Eesti_Vabariigi_Tartu_Ulikool, lk 88
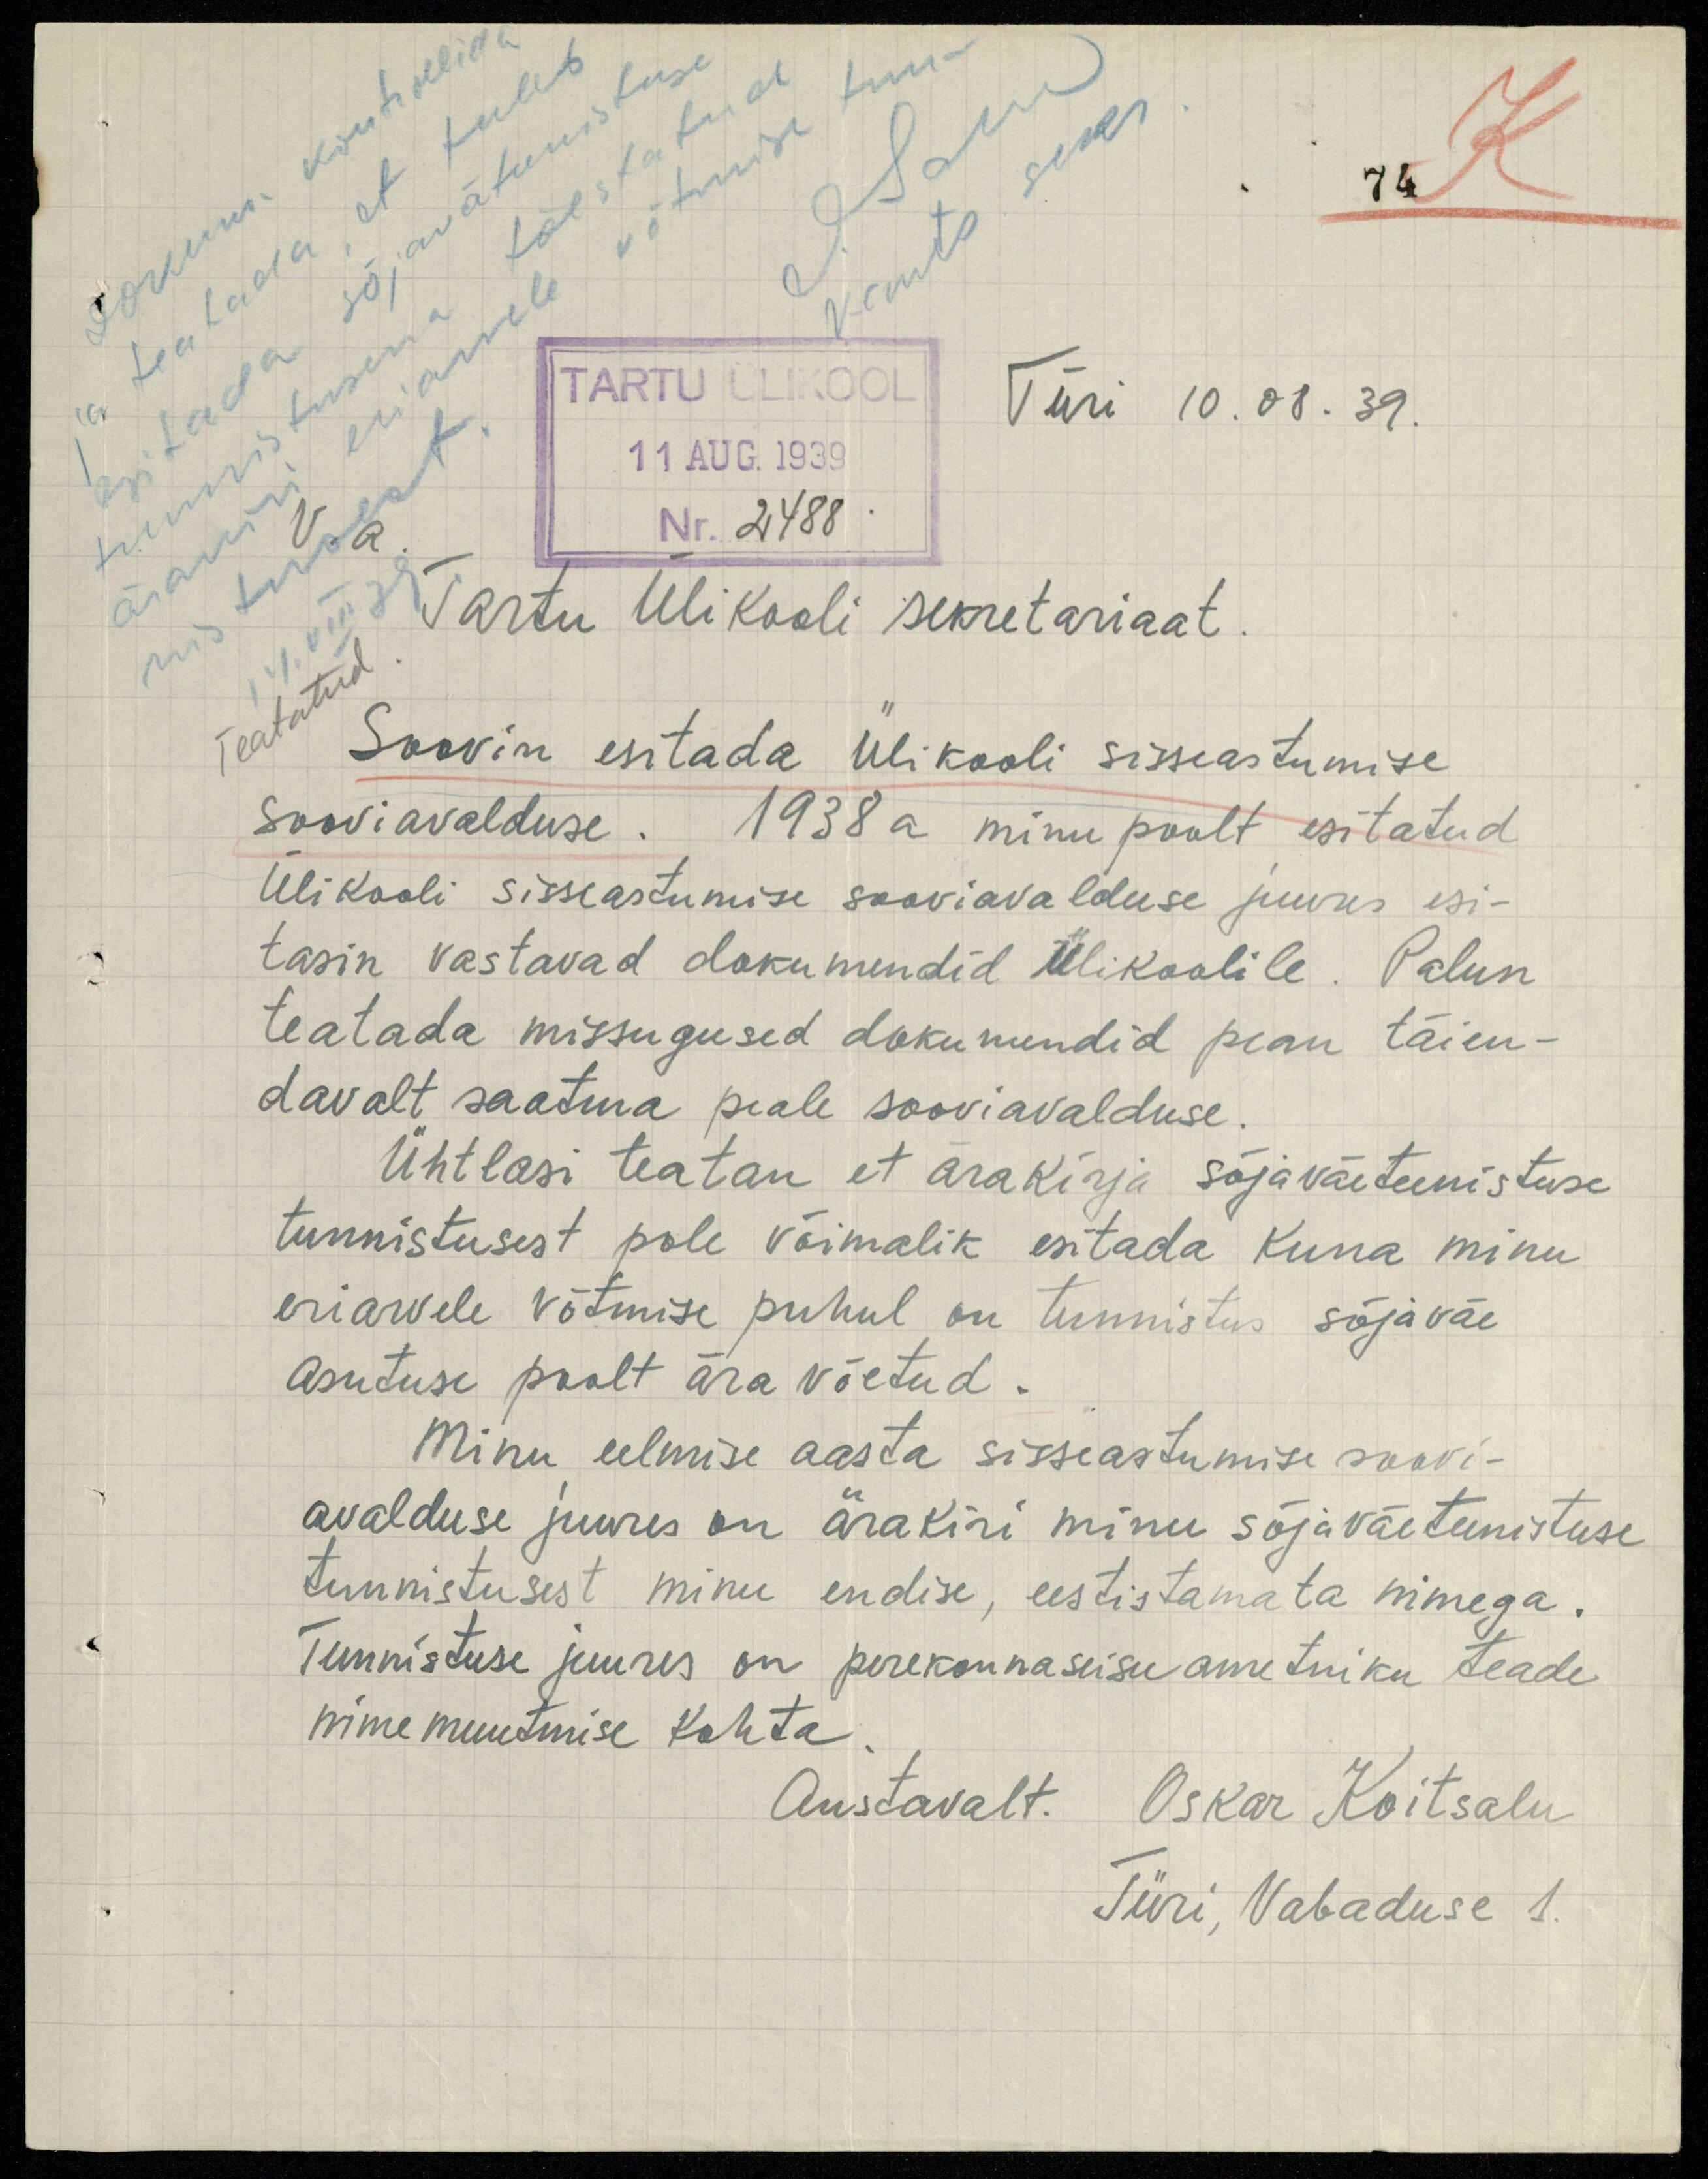
74 K
O.Sam
Dokum. kontrollida
kants. sekr.
ja teatada, et tuleb
esitada sõjaväteenistuse
tunnistusena tõestatud
ärakiri eriarvele võtmise tun-
TARTU ÜLIKOOL
11 AUG. 1939
Nr. 2488
Türi 10.08.39.
V. a.
nistusest.
Tartu Ülikooli sekretariaat.
14. VIII 39
Teatatud.
Soovin esitada Ülikooli sisseastumise
sooviavalduse. 1938 a minu poolt esitatud
Ülikooli sisseastumise sooviavalduse juures esi-
tasin vastavad dokumendid Ülikoolile. Palun
teatada missugused dokumendid pean täien-
davalt saatma peale sooviavalduse.
Ühtlasi teatan et ärakirja sõjaväeteenistuse
tunnistusest pole võimalik esitada kuna minu
eriarvele võtmise puhul on tunnistus sõjaväe
asutuse poolt ära võetud.
Minu eelmise aasta sisseastumise soovi-
avalduse juures on ärakiri minu sõjaväeteenistuse
tunnistusest minu endise, eestistamata nimega.
Tunnistuse juures on perekonnaseisuametniku teade
nime muutmise kohta
Austavalt. Oskar Koitsalu
Türi, Vabaduse 1.